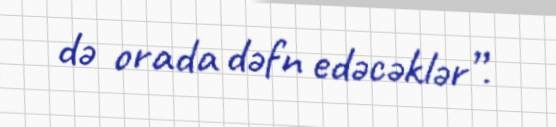
də orada dəfn edəcəklər”.